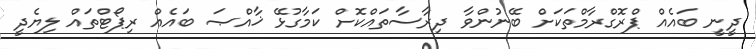
ދީނީ ބައެއް ޕްރޮގްރާމްތަކަށް ބޭނުންވާ ދިރާސާތައްކޮށް ކަމާގުޅޭ ޚާއްޞަ ބައެއް ރިޕޯޓްތައް ލިޔެދީ